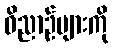
ဝိညာဉ်များကို